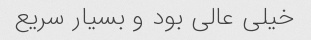
خیلی عالی بود و بسیار سریع